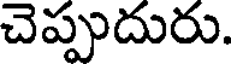
చెప్పుదురు.